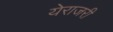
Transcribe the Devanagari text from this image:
येराजरी